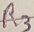
Text: R3